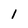
Character: 1